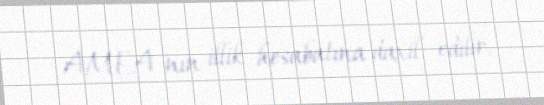
AMEA-nın illik hesabatına daxil edilir.